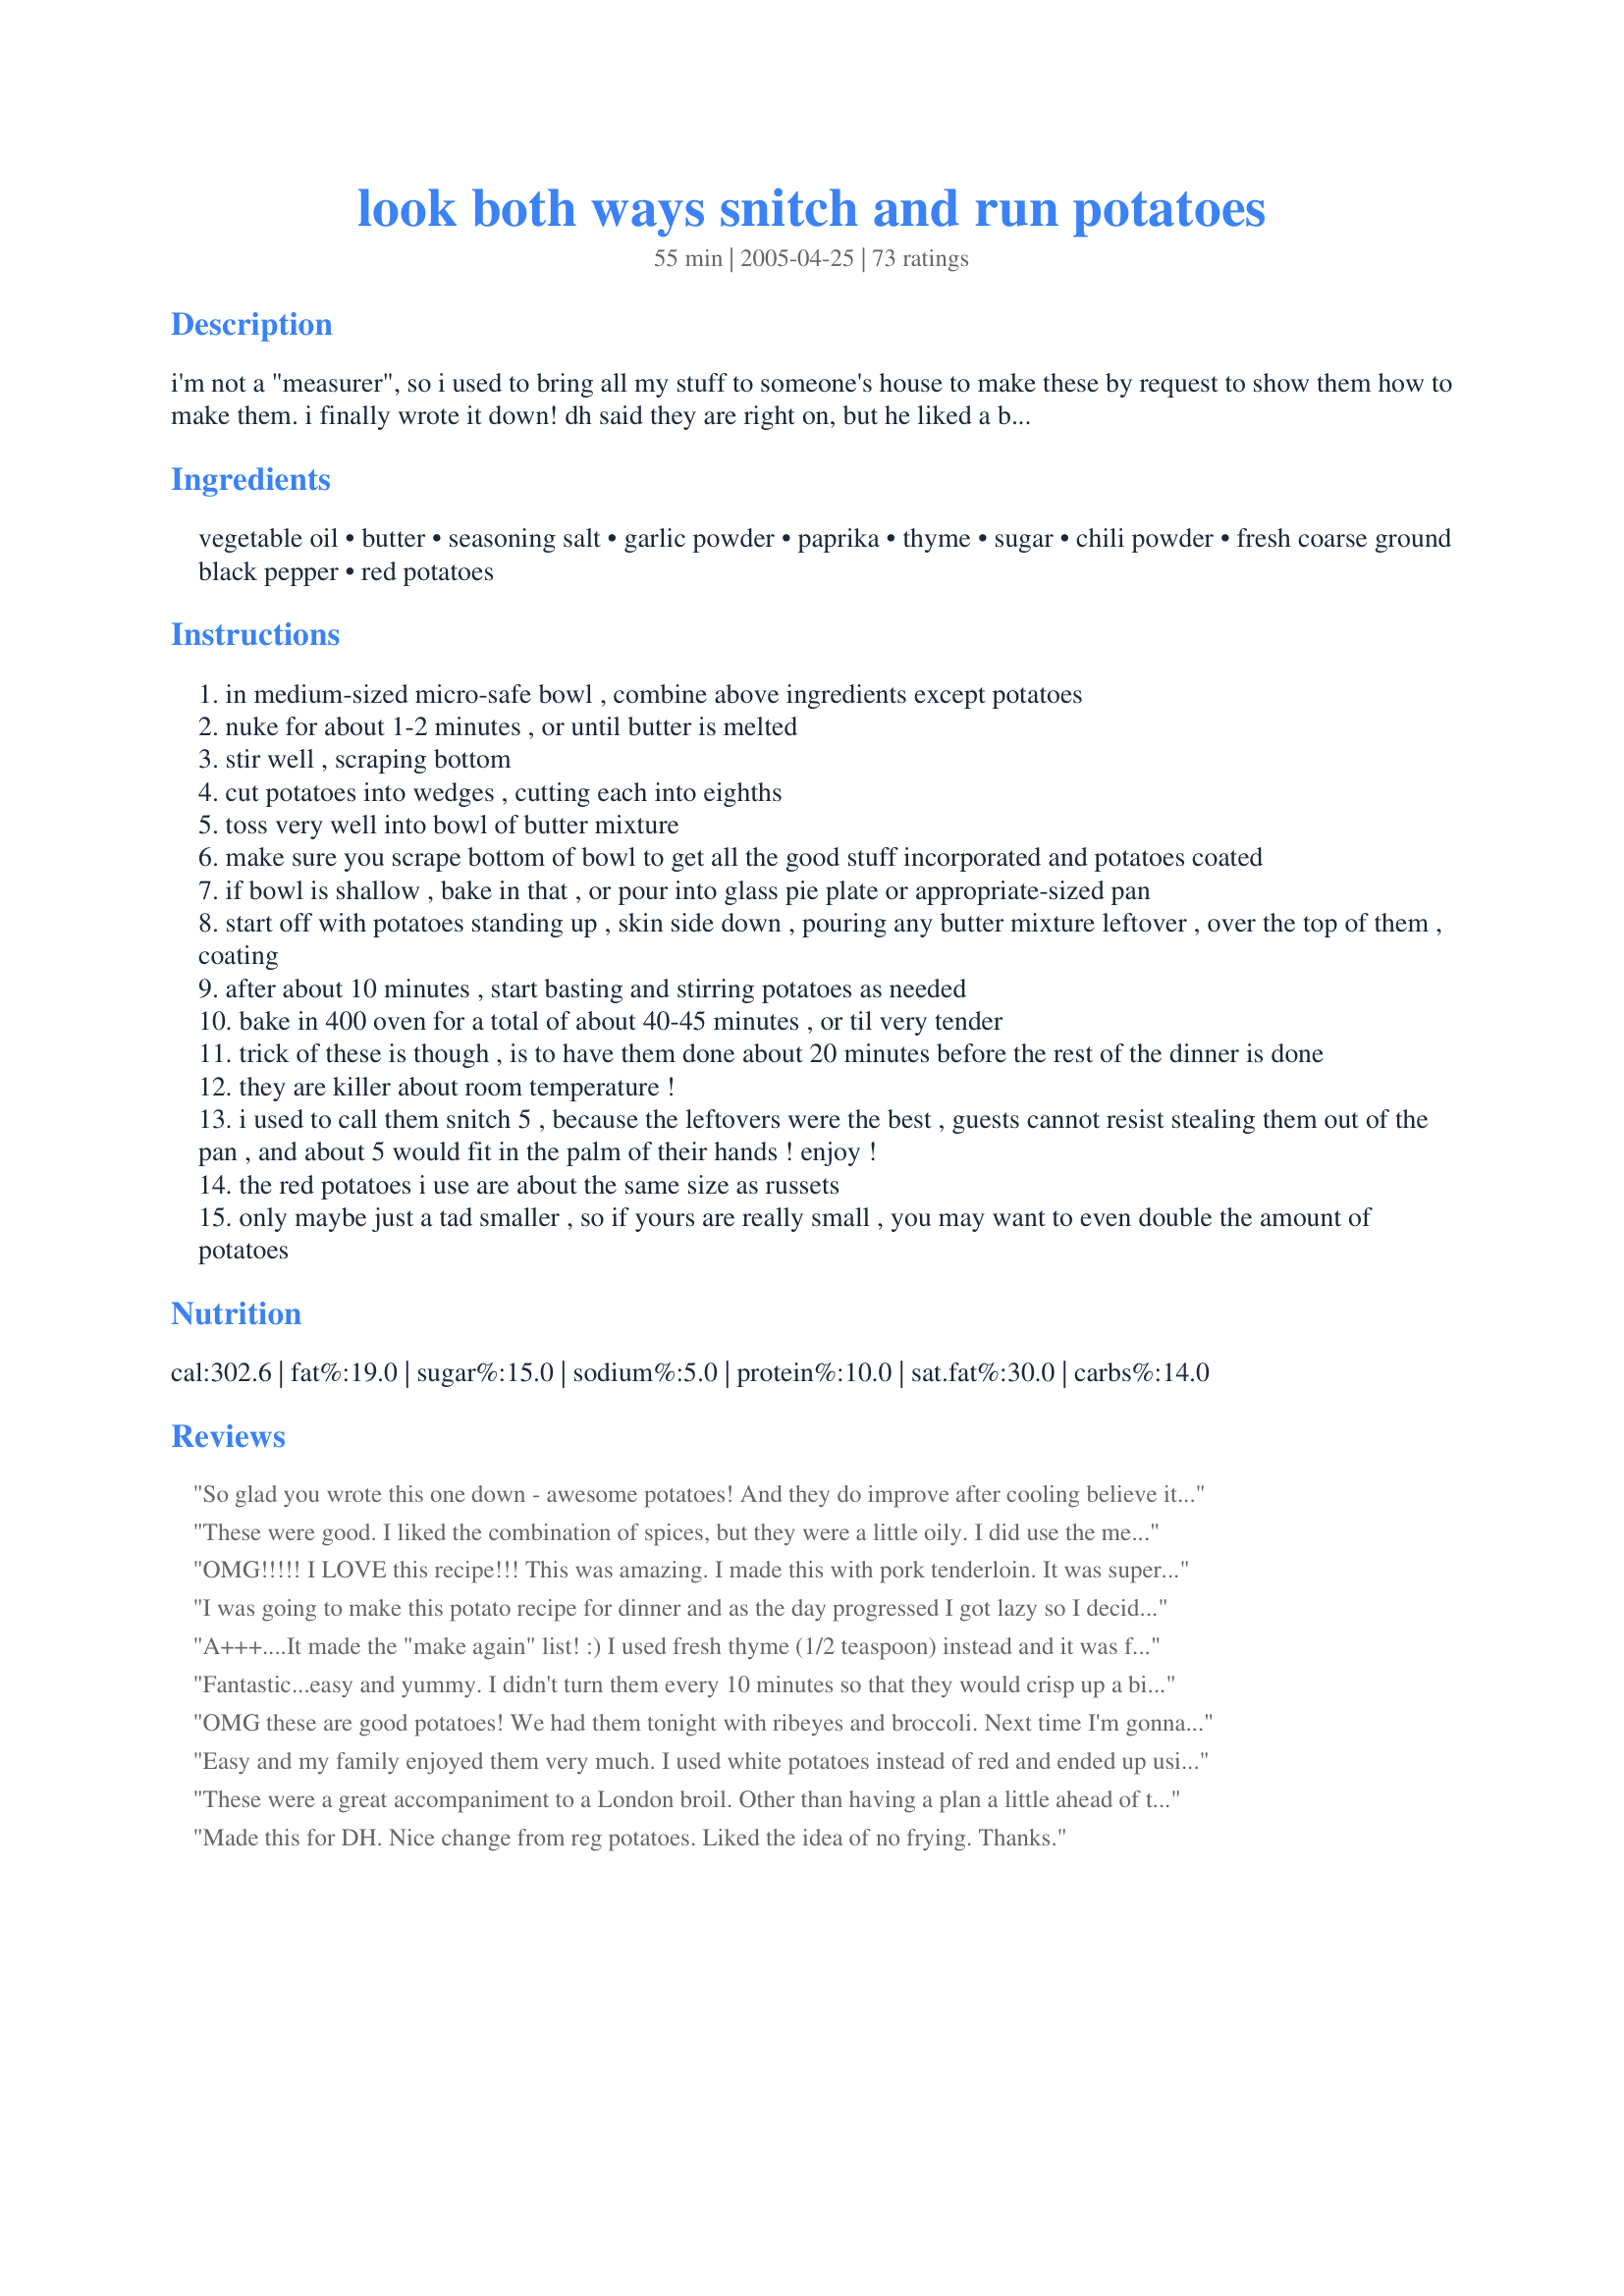
look both ways snitch and run potatoes
Preparation time: 55 minutes

i'm not a "measurer", so i used to bring all my stuff to someone's house to make these by request to show them how to make them. i finally wrote it down! dh said they are right on, but he liked a bit more salt. so that part is up to you. i liked them as is...here is my "infamous", lol, recipe. glad i finally actually wrote it down, and happy to share with you all! enjoy!!! remember, they are really good hot, but....omg...they are sooooo addictive warm/room temp.!!!! they need no dipping sauce whatsoever! just plain ol' good!

Ingredients:
vegetable oil, butter, seasoning salt, garlic powder, paprika, thyme, sugar, chili powder, fresh coarse ground black pepper, red potatoes

Steps:
in medium-sized micro-safe bowl , combine above ingredients except potatoes
nuke for about 1-2 minutes , or until butter is melted
stir well , scraping bottom
cut potatoes into wedges , cutting each into eighths
toss very well into bowl of butter mixture
make sure you scrape bottom of bowl to get all the good stuff incorporated and potatoes coated
if bowl is shallow , bake in that , or pour into glass pie plate or appropriate-sized pan
start off with potatoes standing up , skin side down , pouring any butter mixture leftover , over the top of them , coating
after about 10 minutes , start basting and stirring potatoes as needed
bake in 400 oven for a total of about 40-45 minutes , or til very tender
trick of these is though , is to have them done about 20 minutes before the rest of the dinner is done
they are killer about room temperature !
i used to call them snitch 5 , because the leftovers were the best , guests cannot resist stealing them out of the pan , and about 5 would fit in the palm of their hands ! enjoy !
the red potatoes i use are about the same size as russets
only maybe just a tad smaller , so if yours are really small , you may want to even double the amount of potatoes

Reviews:
So glad you wrote this one down - awesome potatoes! And they do improve after cooling believe it or not. Just used regular russet potatoes - perfecto!
These were good. I liked the combination of spices, but they were a little oily. I did use the measurement converter to up the servings to twenty, maybe that's why. I followed the recipe exactly with the new measurements and used golden potatos. I'm going to try this again with a smaller batch and russet potatos. Thanks for posting.
OMG!!!!! I LOVE this recipe!!! This was amazing. I made this with pork tenderloin. It was superb. I added a bit more salt and garlic. I also cooked at 350 for about 1 hr and 15 mins stirring and basting every 10 mins until the last 20 mins so that they would get crunchy. Excellent recipe. "Catchy name"
Karen
I was going to make this potato recipe for dinner and as the day progressed I got lazy so I decided to dump it all in a plastic bag, shake to coat and roast. The lazy part is that I also added chunks of onion, sweet pepper and a few brussel sprouts. The seasoning was great on the potatoes but really great on the other veggies! Thanks.
A+++....It made the "make again" list! :) I used fresh thyme (1/2 teaspoon) instead and it was fantastic!!
Fantastic...easy and yummy. I didn't turn them every 10 minutes so that they would crisp up a bit more. My daughter and I loved the flavor and both want them to be a bit crisper, but these are the best oven fries I have ever made. Next time I will sprinkle a small amount of sea salt on them...YUM.
OMG these are good potatoes! We had them tonight with ribeyes and broccoli. Next time I'm gonna have to double the recipe. My whole family loved them.
Easy and my family enjoyed them very much. I used white potatoes instead of red and ended up using 5-6 of them.
These were a great accompaniment to a London broil. Other than having a plan a little ahead of time, these were very easy to throw together.
Made this for DH. Nice change from reg potatoes. Liked the idea of no frying. Thanks.
These were sooooo good! You're right, they are unbelievable when they cool to room temp!!!! I made as posted except I used Idaho potatoes instead of red. The recipe couldn't be simpler and they are sooooo tasty. Thanks so much for posting a keeper!
These potatoes were excellent. Next time I might try cutting back a bit on the butter and oil, just to see if they turn out just as well with less fat. The whole family enjoyed these very much. I will definately make them again. I agree they have more flavor once they've cooled a bit.
Yum yum yum! Definietly addicting! I found this recipe last minute, but by the time dinner was over they were room temperature and DH and I finished them off- soooo good! This has been requested to add to the regular roation. Thanks for posting!
Wow! I loved these! The biggest challenge to this recipe was staying out of them while they cooled to room temp. Thanks so much for sharing this recipe!
These didn't get as crispy as I'd hoped, but they had just the right balance of flavours. They didn't last anywhere near 20 minutes...
well,what can I say, but they really are better when left at room temp.I was skeptical....you know I thought they had to be hot on the dinner plate) But now that dinner is over, I can't get past the little plate with the leftovers without snitching one!! This is a very simple and easy recipe when you want potatoes without a fuss. I know I will make these a lot now. Thank you....
These tasted really good!!! We enjoyed these very much. Easy to make. Defenite keeper and will make often. Thanks for a great potato recipe.
These were ok. I think they would be better with russets. Need more spices too.
Mmmmmm....these are yummy. I made these last night to go with our wings and what a great side. So good, the seasonings on these are spot on. Thank you for sharing this recipe with us, its so good.
they were so good. i didn't change a thing and me and my husband loved them.
Mmmmmmmmm yummy! Made for dinner and they didn't last long enough to taste room temp for me either! Used a couple 'glugs' of olive oil in place of the butter/oil combo. They were nice and crispy brown at 38 min, though I had fairly small potatoes. Used the same amts of spices, though reg. salt not seasoned and forgot the sugar. Added a sprinkle of extra salt after cooking. Thanks Kelly for the recipe!
Kelly-your recipe is an undiscovered(well almost)treasure!These were absolutely fantastic--and sorry to say-we have no idea what they taste like after 20 minutes because they didnt last 5 minutes!Unfortunately when I got the potatoes home they werent the best "quality" so I did have to peel them, but I dont think it hurt the recipe.The smell of the Thyme was very strong while cooking(yum)but subtle when served(yum)these would be perfect with Roast chicken, but we ate them happily with Sloppy Joes:)a winner, and I thank you--PeggyLynn

Easy to follow directions. These potatoes aren't anything "special" compared to other roasted/baked potatoes recipes. They are indeed better at room temperature.
I melted the butter in the microwave, then put it and the oil and spices in a zip-type bag. I cut the russet potatoes into sticks, a little bigger than shoestring fries, and tossed them in the bag. I found the fries very tasty, but a little too greasy, so next time I'll reduce the amount of butter.
After reading the reviews I decided to go ahead and double the spices in this recipe because my husband and I like our food to have a lot of flavor. I am so glad I did, these were great! They turned out perfect and I can see them becoming a regular at our dinner table!
We liked these. I usually make something similar but decided to try someone else's recipe. I liked the butter-I usually use olive oil. The seasoning was was a good mix. We will make these again. Thank you.
Simple, tasty, great combination of spices. I would probably up the spices a bit next time, just for personal preference. Used regular potatoes, and they seemed to take about 15 minutes longer to cook.
Very good. They have just the right combination of spices. We agree, they do need a little bit more salt. Matter of personal taste.
These were very tasty. They didn't get as crispy as I would have liked but maybe it was my fault/my oven. Still, they were delicious and I can't wait to try and make them again!
I made this recipe as written and they were delicious! I was unsure of the sugar, but the "sauce" to pour over the potatoes smelled wonderful. Very easy recipe. This will be added to my favorites for dinner cookbook. Thank you very much
These were pretty good, though I have to agree with others that they need more spices. I just about doubled all the coating ingredients for 5 larger red potatoes and they still didn't seem to get much spice per wedge. There was about the right amount of oil and butter though, maybe even a touch more than needed but I wouldn't omit it! I added extra seasoning salt and even more at the end but I guess we must just like our food salty. I did like the flavor I just think that it needs more of it and maybe more of the spicier seasonings to give them a slight kick. We weren't planning on letting them sit for the suggested 20 minutes but ended up having to anyway since our chops weren't done in time. I too think I might have liked them to get a tad bit crispier but it didn't really bother us too much.
Yup, these are good all right. Next time I might use half the oil and butter, but the spice combination was perfect. Thanks for the recipe.
Love potatoes! Love this recipe. Tasty with a nice blend of seasonings and made exactly as written. Served with meatloaf and peas and carrots.
These were absolutely delightful! I made a larger batch, and probably used too much butter. The large amount of wedges was easier to coat than I thought. That said, basting the potatoes seemed to "wash off" the spices so I ended up sprinkling them with the spices a bit, just before they came out of the oven. The spice was subtle but mind-blowingly good. A go-to method for when I want to show off. Thanks!
Just OK. The mix of spices was good, just not strong enough for us though...and the room temp. potatoes didn't do much for us either. Follwed the recipe exactly.
Omg!
Deeelicious!! I did add a couple more spuds, because 3 isn't enough for 4 people.
Yummy!!! Just ate these and they were delish!! I did add extra salt to them for even more flavor! Next time I could happily add more of all spices to make them even more flavorful!
Made these last night using russet potatoes. Sliced the potatoes 1/4 inch thick and brushed the butter/seasoning mixture on both sides of the slices. Used about 3-4T of butter, did not use the oil, and tripled the seasonings. Made a kids version using melted butter and sesoning salt. Only needed to bake for approx 20 minutes. Kids loved them as did DH & I. I will definitely make these again.
I&#039;m giving these 4 instead of 5 stars because they are very good, but they are not as amazing as the ones they serve at a local chinese buffet. Very close, but the seasonings are a little different. Easy to put together.
i would give this 10 stars if possible. This is the very best potato recipie. The spices are just right, and you are right...they are at their best about 20 min. after taking from the oven. I added a sinful tbs of bacon fat to mine to add to the pleasure. This will be my all time favorite potato recipe to cook and promote. Thanks for sharing! Yum!
These were just OK. I agree with codychop the seasonings weren't strong enough. I tried the room temp thing too and they were OK. I think I will double the seasoning amounts if I do it again.
What a punch of flavor! I doubled the entire recipe to serve at our Christmas Eve buffet. No one was willing to let them sit for 20 minutes, so all were devoured fresh from the oven. Very simple to prepare, yet with such great results! Thanks WildFlour!
These went really well with lamb. Definitely one to make again. The seasoning was refreshingly different.
My family really liked these. Thanks for the recipe
Very good! I tried them this evening, on guests no less! Wait the 20 minutes, they do become a "different animal"
Great potatoes! Thank you for posting this original delicious recipe. I had to microwave the potatoes a bit, before I put them in the oven as I was short on time. I will be making these again. We loved the seasoning and how easy they were to make (no peeling potatoes!!).
OMG! These were fabulous! Best roasted potatoes ever! Making them again tonight. Can't wait!
So good! I loved the seasoning mix. In fact, I roasted chicken thighs with the same mix to have with the potatoes. And I omitted the butter,just used oil. Thanks!
Man, these are so good for being so simple. SO and I like lots of flavor, doubled spices. Awesome.
Had this with brats for dinner. I tasted the sauce b4 tossing with potatoes and really liked it. Unfortunately, I think I didn't make enough sauce for the amount of potatoes. You couldn't taste it much. Next time I will double the potatoes and triple (at least) the sauce. I was out of chili powder, so I used taco seasoning.
Very, very good. I'm making this for the second time in as many weeks... this time because we are having 10 dinner guests.

In the spirit of the recipe, I just throw all the ingredients, without measuring, in a big bowl and go!
These where really good very close to a recipies my mom makes for german potatoes only difence was the chilly powder and he the fact that she does it on the skilet. But back to ur recipe i really enjoyed it and will make again
I prepared this dish exactly as written with the exception of using Yukon Gold instead of red potatoes. I just loved them. After baking for 45 minutes in a nonstick foil lined dish they came out slightly crispy on the outside and soft inside. I did turn the potatoes about half way through. Also, you're right about them being even tastier at room temperature. Made for ZWT4.
These were good, but I don't think they blew me away. They had super taste though. Thanks!
These were excellent.. Just the right amount all the way around. Thanks
SO good! My family loved these. We made it with roasted chicken and the seasonings matched so well. This is a keeper. Thanks for sharing!
We really liked this recipe. I did make some modifications out of necessity. I realized I was out of chili powder so I used a little more seasoning salt. My dinner in the oven was cooking too fast and was only at 350, so I cut the potatoes into 1/2 inch slices and precooked them in the microwave for about 12 minutes, then threw them in the oven to finish off. 

They were really good and easy!
Thanks for posting!
This recipe was made on 5/27/08 for the "April Showers Bring May Flowers 2008 " and for our dinner.Even though there was just two of us, I made the full recipe with the following changes.I doubled everything except for the butter,potatoes and thyme.For the salt I used a smoky seasoning salt from Penzey's.I did bake them for 40 minutes,but after that time they were done but not crispy. The taste was very good. This recipe will be made again. Thanks for posting and "Keep Smiling :)"
Yum, not much to say that has not already been said... A KEEPER!
Our family found this not as flavorful as expected. We don't like very seasoned food, and even to us this needed more seasoning. If I do this again, I, too, will double the seasoning. Sorry, it just didn't work for our family.
OK, these were GREAT! Unfortunately, for my waistline, I think I did the most snitching. I agree that they need a bit more salt, but other than that, they were perfect. Having teenage boys, I doubled the recipe. Was I glad I did! Thanks for a great recipe.
After reading the other reviews I double up on the seasoning. This is very tasty and a big kid pleaser. It's a nicely seasoned wedge fry...only different lol.
These were great! I used 9 small red potatos. No seasoning salt because I didn't have any, but I can see where it would have added a wee something so I'm going to go buy some. I tripled the spice concoction but I think doubled would have been plenty. After baking for 40 minutes, turning every 10 or so, I used a slotted spoon to remove the 'taters from the oil/butter and put in a separate dish to cool. My DH's unsolicited reaction was "These potatos are really good." That means we'll be keeping this recipe. They were tasty hot, and they were tasty at room temperature. An excellent side dish for a Roast Beef. Thanks for the recipe!
The family LOVED these potatoes!! I have made them several times in the past few weeks. The kids have even requested them as a snack alternative to chips etc when watching movies or playing board games.
These were a hit in my house! I cooked them in my Convection toaster oven and they came out golden and crispy.I will be making these again and again. I added this recipe in my Outstanding Book. I made this for WT3. Thanks so much for posting;I've discovered so many of your tempting recipes. Merci! Rita
Very tasty. Great recipe. I did make a tiny bit more of the sauce to drizzle over the wedges and the flavor was great. Will definitely make again.
These are so Yummy!! You are right about them being even better after they have cooled awhile! My hubby and daughter said they were a little spicy! What WIMPS!! :--)
I toned down the spice the second time for them, but I liked 'em your way...
Definitely a keeper. I did not have thyme (crazy...huh?)so I substituted with poultry seasoning. Company loved them...no leftovers!!
thanks!
These are really wonderful! Very easy, a very nice looking end product and really tasty! All three of us enjoyed these very much. Thanks, Wildflour!
Mmm, mmm, mmm!
My new favorite way to make potatoes. Wouldn't change a thing.
Thanks for sharing!
I am a total sucker for silly recipe names. When I see one, I just have to make it. Combine that with my "if it has a lot of ingredients, it must be good" formula, and this had to be a winner. IT IS! Every time I make it, they really do disappear, and fast! This is seriously one of the best potato recipes that I have ever made.
My husband and I loved these potatoes. I decided to make these at the last minute and did not have any thyme. I used Marjoram instead. They were still amazing. Will make these over and over and over again.
